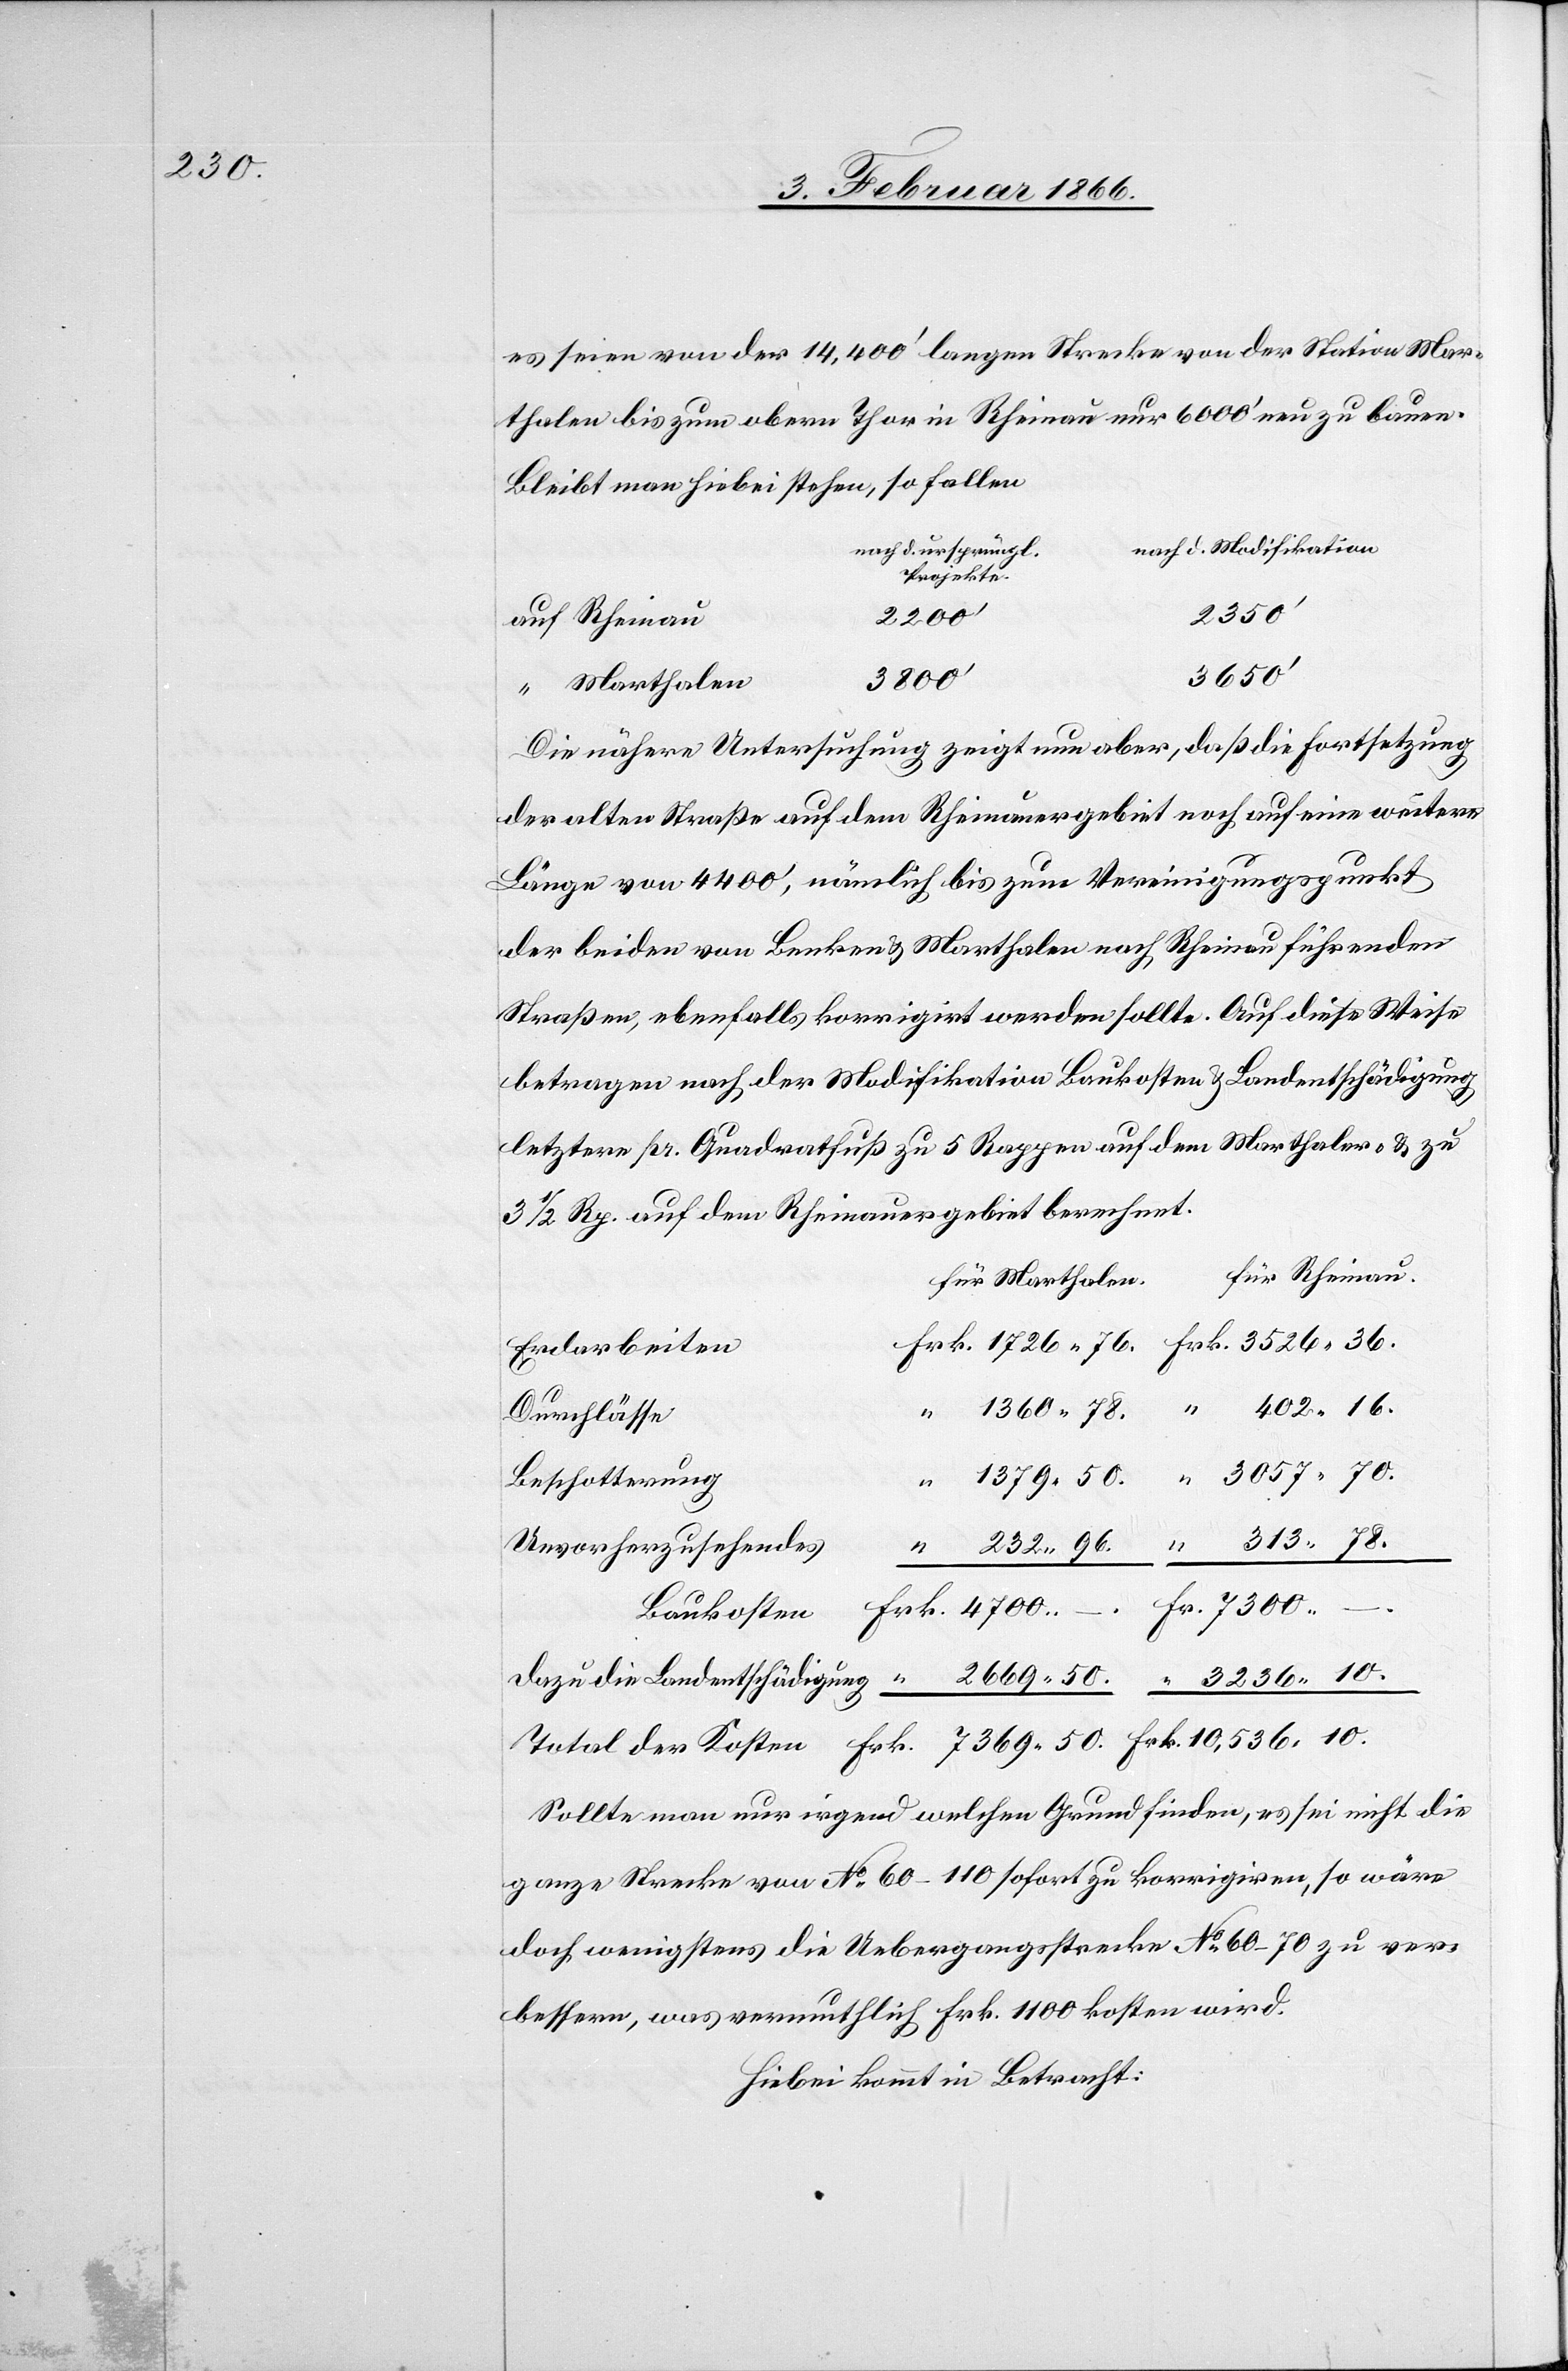
10,536,10.

es seien von der 14 400‘ langen Strecke von der Station Mar¬
thalen bis zum obern Thor in Rheinau nur 6000‘ neu zu bauen.
Bleibt man hiebei stehen, so fallen
nach d. Modifikation
nach d. ursprüngl
Projekte
2350
auf Rheinau
7369,50.
3057,70.
“ Marthalen
Die nähere Untersuchung zeigt nun aber, da die Fortsetzung
der alten Straße auf dem Rheinauergebiet noch auf eine weitere
Länge von 4400 ‘, nämlich bis zum Vereinigungspunkt
der beiden von Benken u. Marthalen nach Rheinau führenden
Straßen, ebenfalls korrigirt werden sollte. Auf diese Weise
betragen nach der Modifikation Baukosten u. Landentschädigung
letztere pr. Quadratfuß zu 5 Rappen auf dem Marthaler- u. zu
3½ Rp. auf dem Rheinauergebiet berechnet.
für Rheinau.
für Marthalen.
Erdarbeiten
Durchlässe
Beschotterung
Frk.
Unvorhergesehenes
Baukosten
Sollte man nun irgend welchen Grund finden, es sei nicht die
ganze Strecke von No. 60–110 sofort zu korrigiren, so wäre
doch wenigstens die Uebergangsstrecke No. 60–70 zu ver¬
bessern, was vermuthlich Frk. 1100 kosten wird.
Hiebei kommt in Betracht: